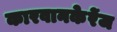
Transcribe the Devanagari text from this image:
कारवानकेरेंज